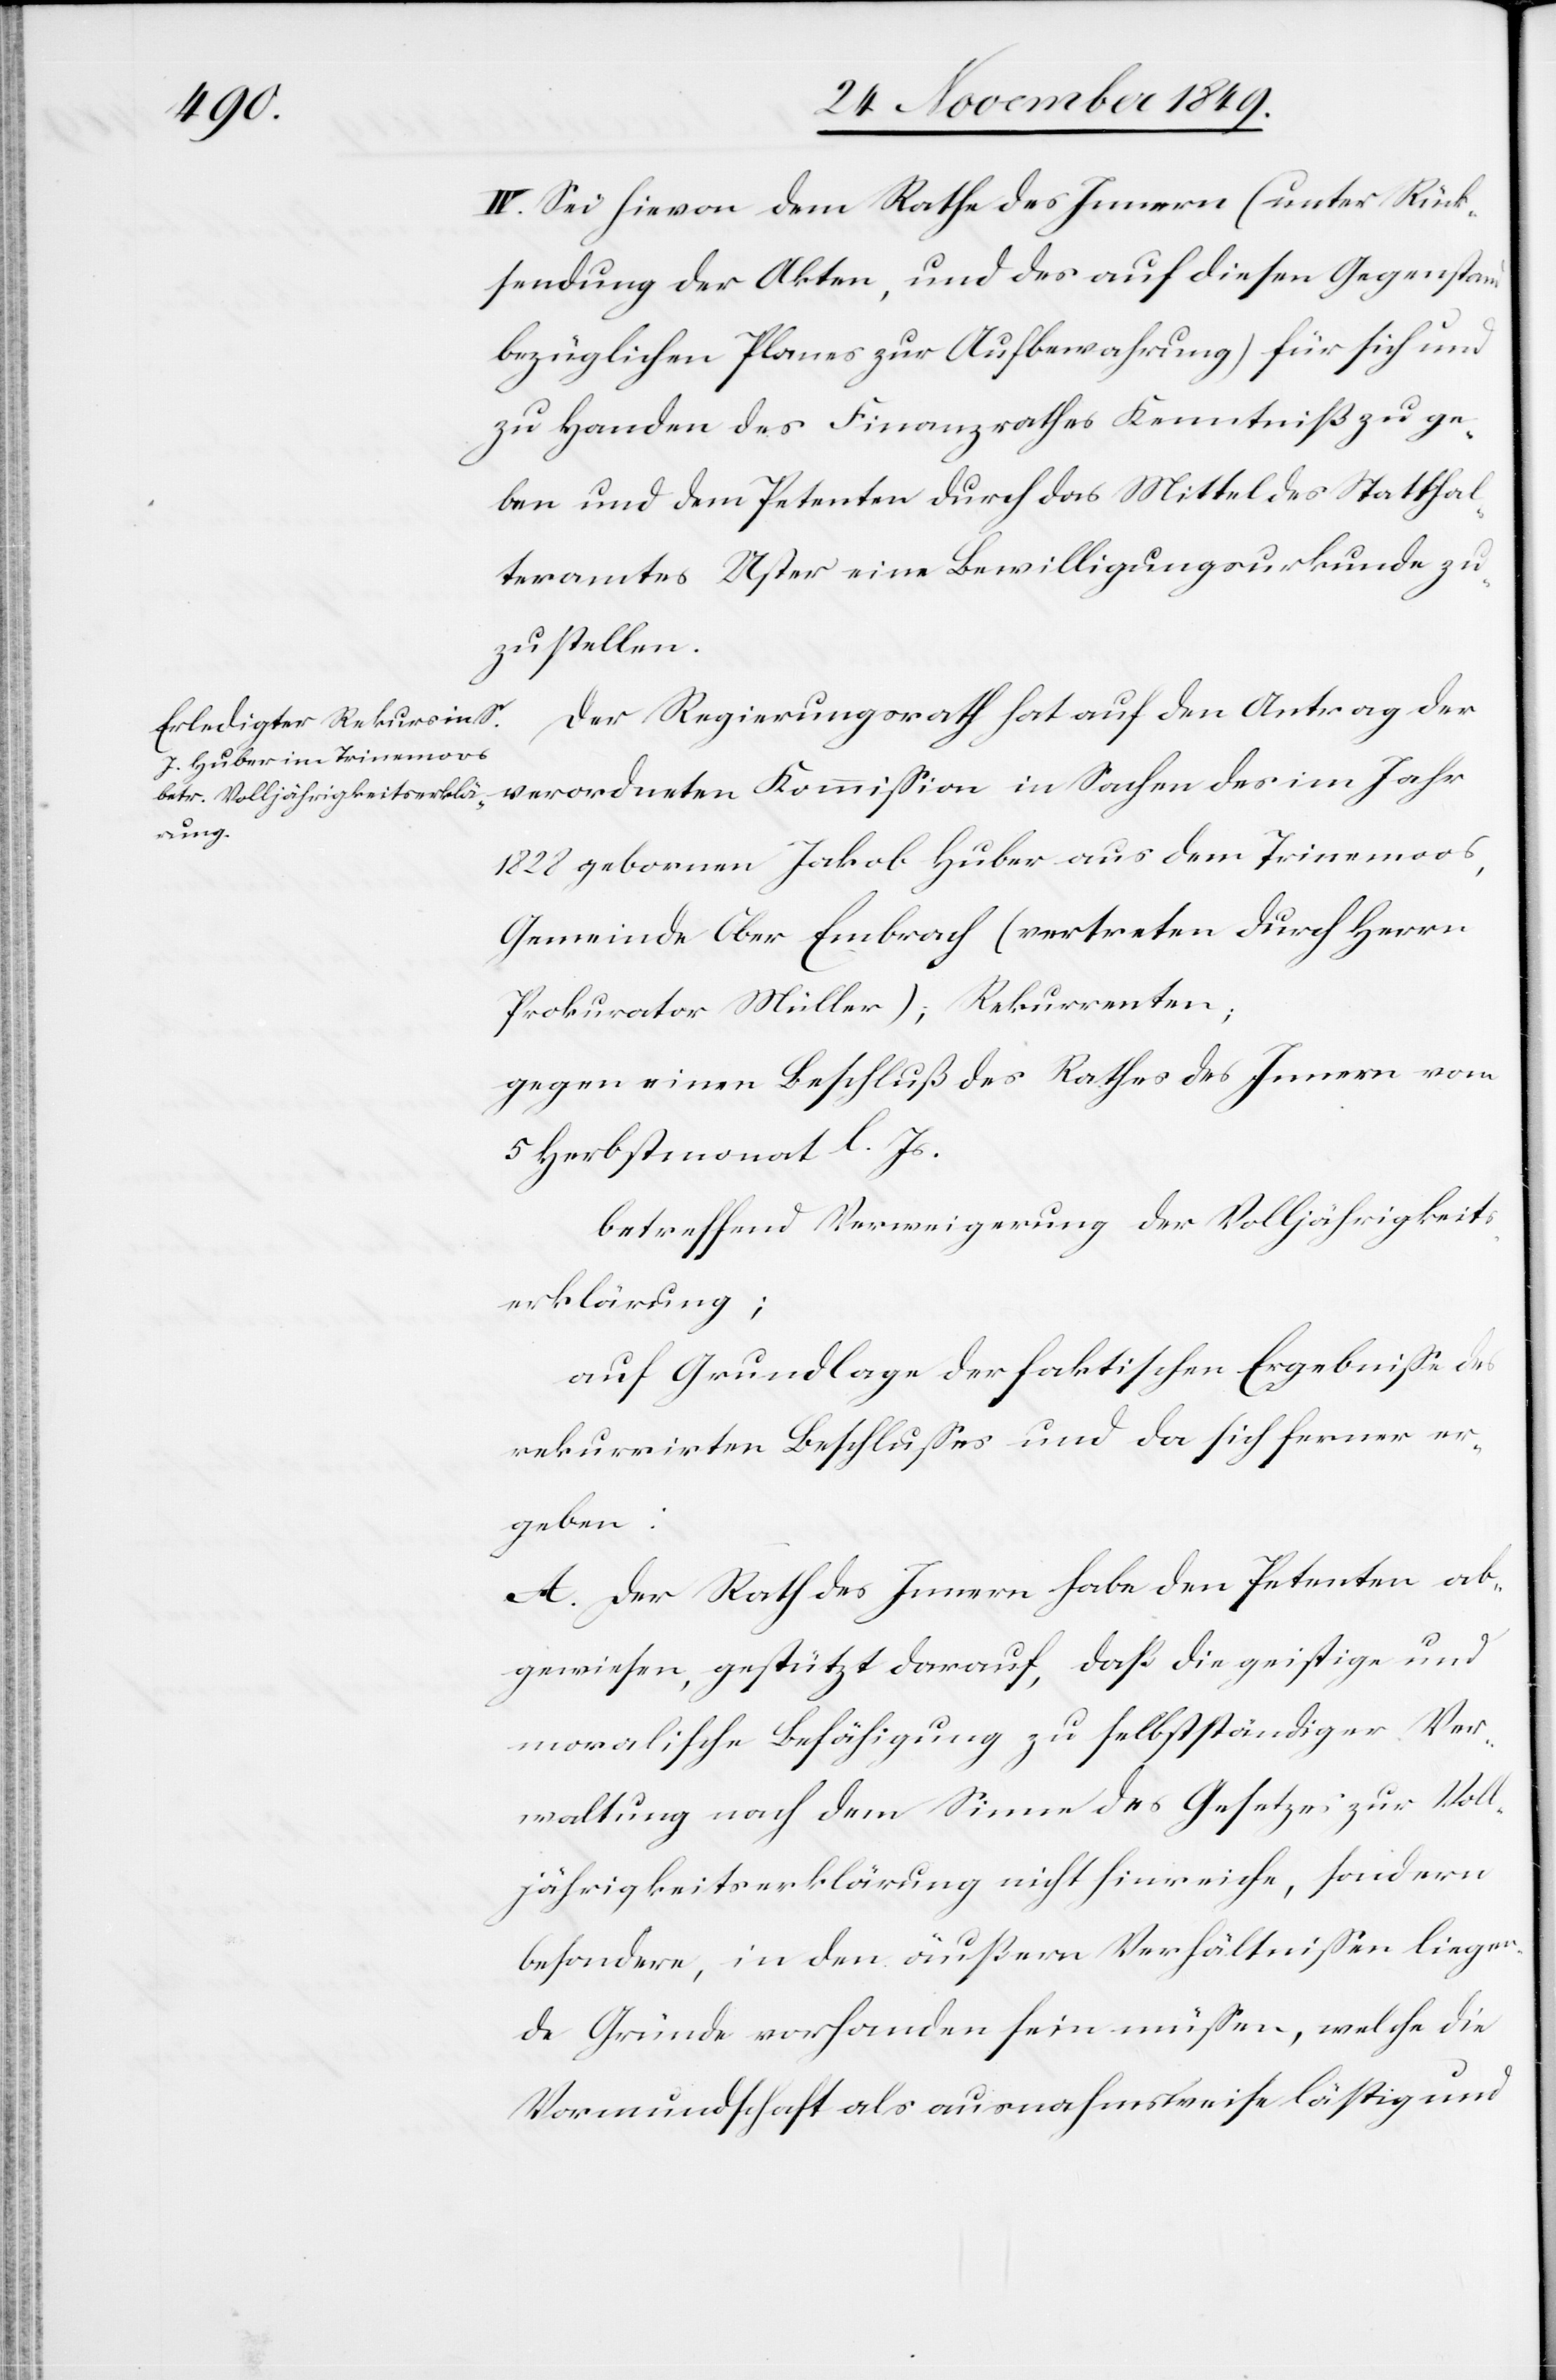
IV. Sei hievon dem Rathe des Innern (unter Rück¬
sendung der Akten, und des auf diesen Gegenstand
bezüglichen Planes zur Aufbewahrung) für sich und
zu Handen des Finanzrathes Kenntniß zu ge¬
ben und dem Petenten durch das Mittel des Statthal¬
teramtes Uster eine Bewilligungsurkunde zu¬
zustellen.
Der Regierungsrath hat auf den Antrag der
verordneten Kommißion in Sachen des im Jahr
1828 gebornen Jakob Huber aus dem Trinemoos,
Gemeinde Ober Embrach (vertreten durch Herrn
Prokurator Müller); Rekurrenten;
gegen einen Beschluß des Rathes des Innern vom
5 Herbstmonat l. Js.
betreffend Verweigerung der Volljährigkeits¬
erklärung;
auf Grundlage der faktischen Ergebniße des
rekurrirten Beschlußes und da sich ferner er¬
geben:
A. Der Rath des Innern habe den Petenten ab¬
gewiesen, gestützt darauf, daß die geistige und
moralische Befähigung zu selbstständiger Ver¬
waltung nach dem Sinne des Gesetzes zur Voll¬
jährigkeitserklärung nicht hinreiche, sondern
besondere, in den äußern Verhältnißen liegen¬
de Gründe vorhanden sein müßen, welche die
Vormundschaft als ausnahmsweise lästig und